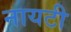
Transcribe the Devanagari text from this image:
नायटी